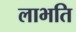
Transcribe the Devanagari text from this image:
लाभति